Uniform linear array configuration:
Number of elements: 32
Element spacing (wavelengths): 0.5
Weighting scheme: uniform
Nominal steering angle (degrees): -45
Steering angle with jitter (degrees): -43.833
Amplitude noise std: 0.05
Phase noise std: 0.05

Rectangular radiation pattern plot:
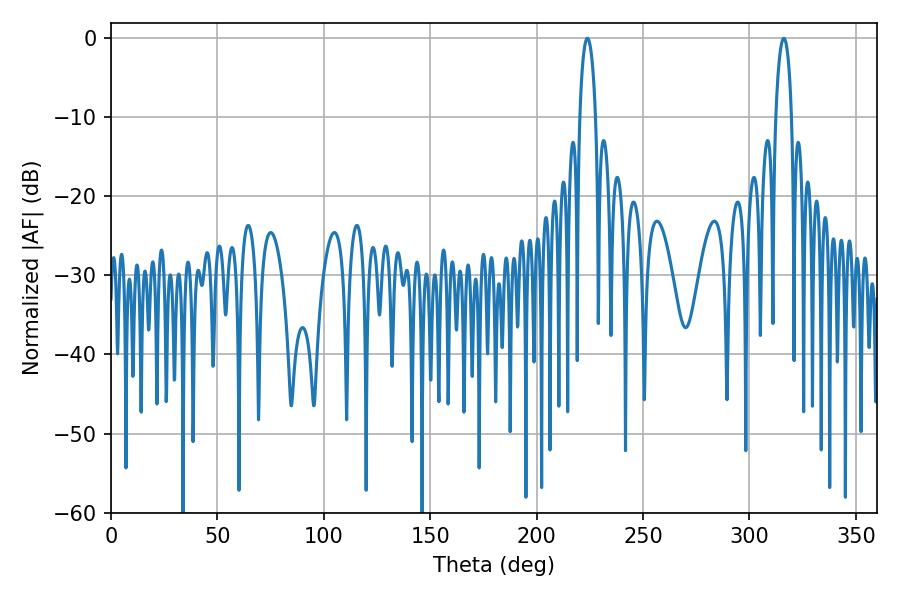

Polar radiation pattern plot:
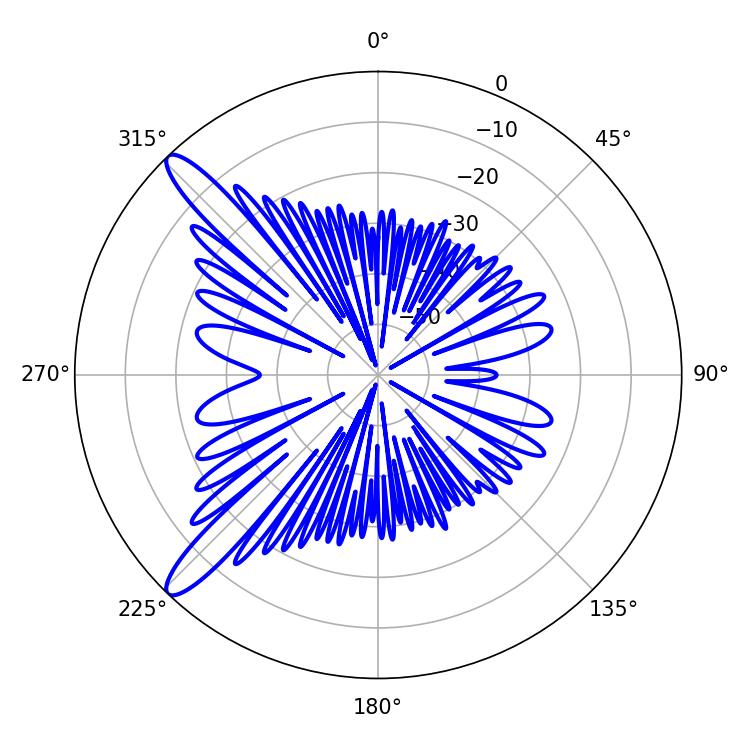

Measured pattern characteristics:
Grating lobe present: FALSE
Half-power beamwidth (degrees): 4.32
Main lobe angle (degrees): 316.08